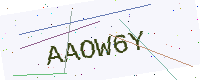
Text: AAOW6Y